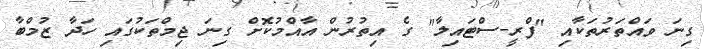
ގިނަ ވައްތަރުތަކާއި "ފްރީ-ސްޓައިލާ" ގެ އިތުރުން އާއްމުކޮށް ގިނަ ޖިމްތަކުގައި ހަދާ ޒުމްބާ